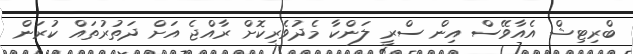
ބްރިޓިޝް އެއާވޭސް އިން ސްރީ ލަންކާ މެދުވެރިކޮށް ރާއްޖެ އަށް ދަތުރުތައް ކުރަން